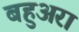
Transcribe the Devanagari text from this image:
बहुअरा